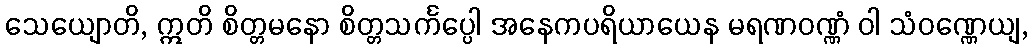
သေယျောတိ, ဣတိ စိတ္တမနော စိတ္တသင်္ကပ္ပေါ အနေကပရိယာယေန မရဏဝဏ္ဏံ ဝါ သံဝဏ္ဏေယျ,